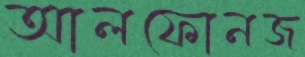
আলফোনজ